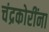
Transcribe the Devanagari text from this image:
चंद्रकोरींना